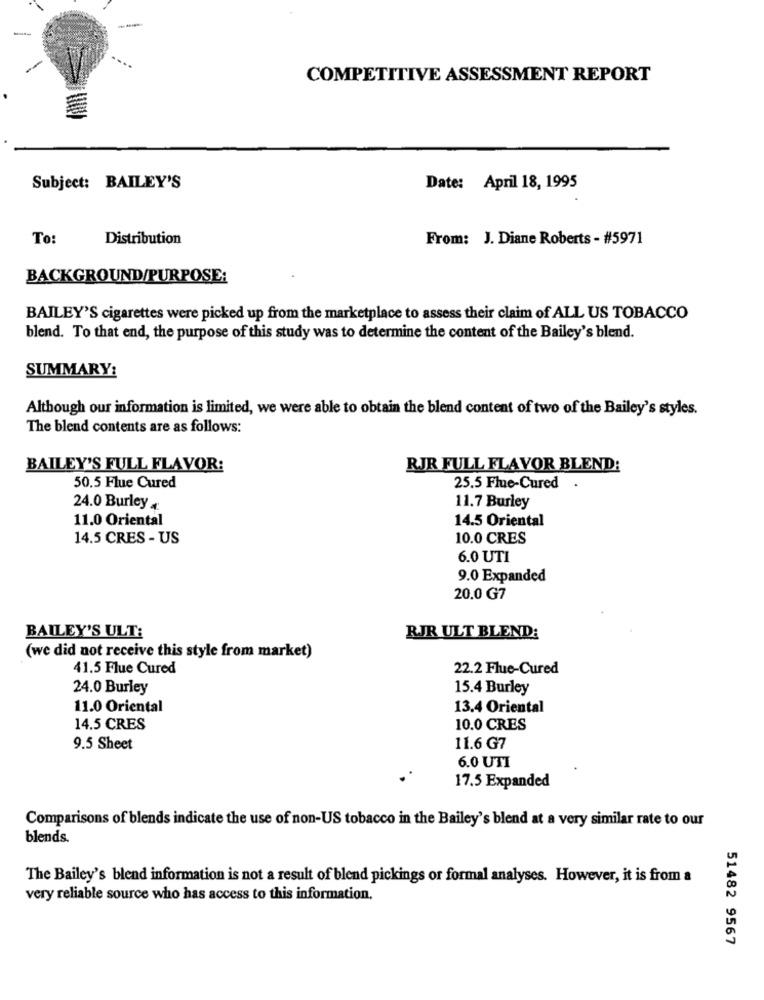
-
COMPETITIVE ASSESSMENT REPORT
Subject: BAILEY'S
Date: April 18, 1995
To:
Distribution
From: J. Diane Roberts - #5971
BACKGROUND/PURPOSE:
BAILEY'S cigarettes were picked up from the marketplace to assess their claim of ALL US TOBACCO
blend. To that end, the purpose of this study was to determine the content of the Bailey's blend.
SUMMARY:
Although our information is limited, we were able to obtain the blend content of two of the Bailey's styles.
The blend contents are as follows:
BAILEY'S FULL FLAVOR:
RJR FULL FLAVOR BLEND:
50.5 Flue Cured
25.5 Flue-Cured
24.0 Burley
11.7 Burley
11.0 Oriental
14.5 Oriental
14.5 CRES - US
10.0 CRES
6.0 UTI
9.0 Expanded
20.0 G7
BAILEY'S ULT:
RJR ULT BLEND:
(we did not receive this style from market)
41.5 Flue Cured
22.2 Flue-Cured
24.0 Burley
15.4 Burley
11.0 Oriental
13.4 Oriental
14.5 CRES
10.0 CRES
9.5 Sheet
11.6 G7
6.0 UTI
17.5 Expanded
Comparisons of blends indicate the use of non-US tobacco in the Bailey's blend at a very similar rate to our
blends.
The Bailey's blend information is not a result of blend pickings or formal analyses. However, it is from a
very reliable source who has access to this information.
51482 9567